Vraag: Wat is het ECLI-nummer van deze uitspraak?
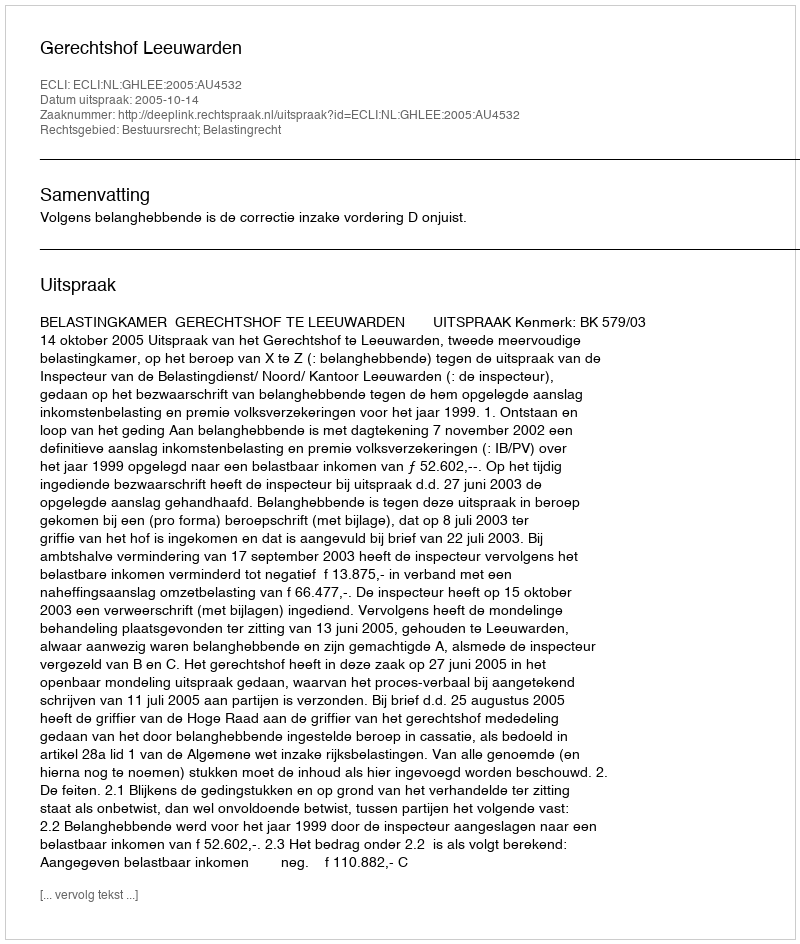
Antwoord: ECLI:NL:GHLEE:2005:AU4532